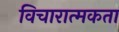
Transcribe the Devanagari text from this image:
विचारात्मकता